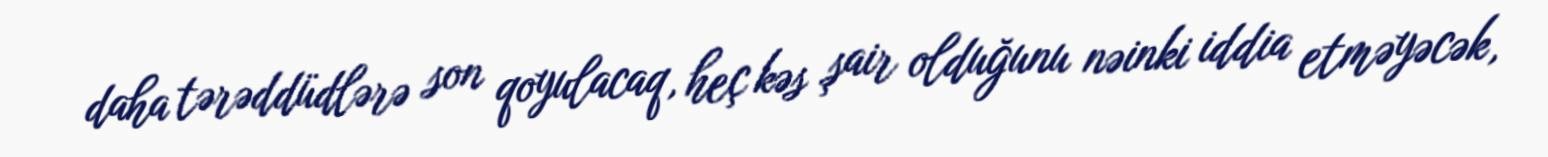
daha tərəddüdlərə son qoyulacaq, heç kəs şair olduğunu nəinki iddia etməyəcək,